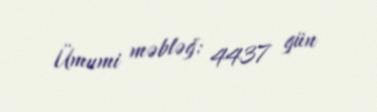
Ümumi məbləğ: 4437 gün